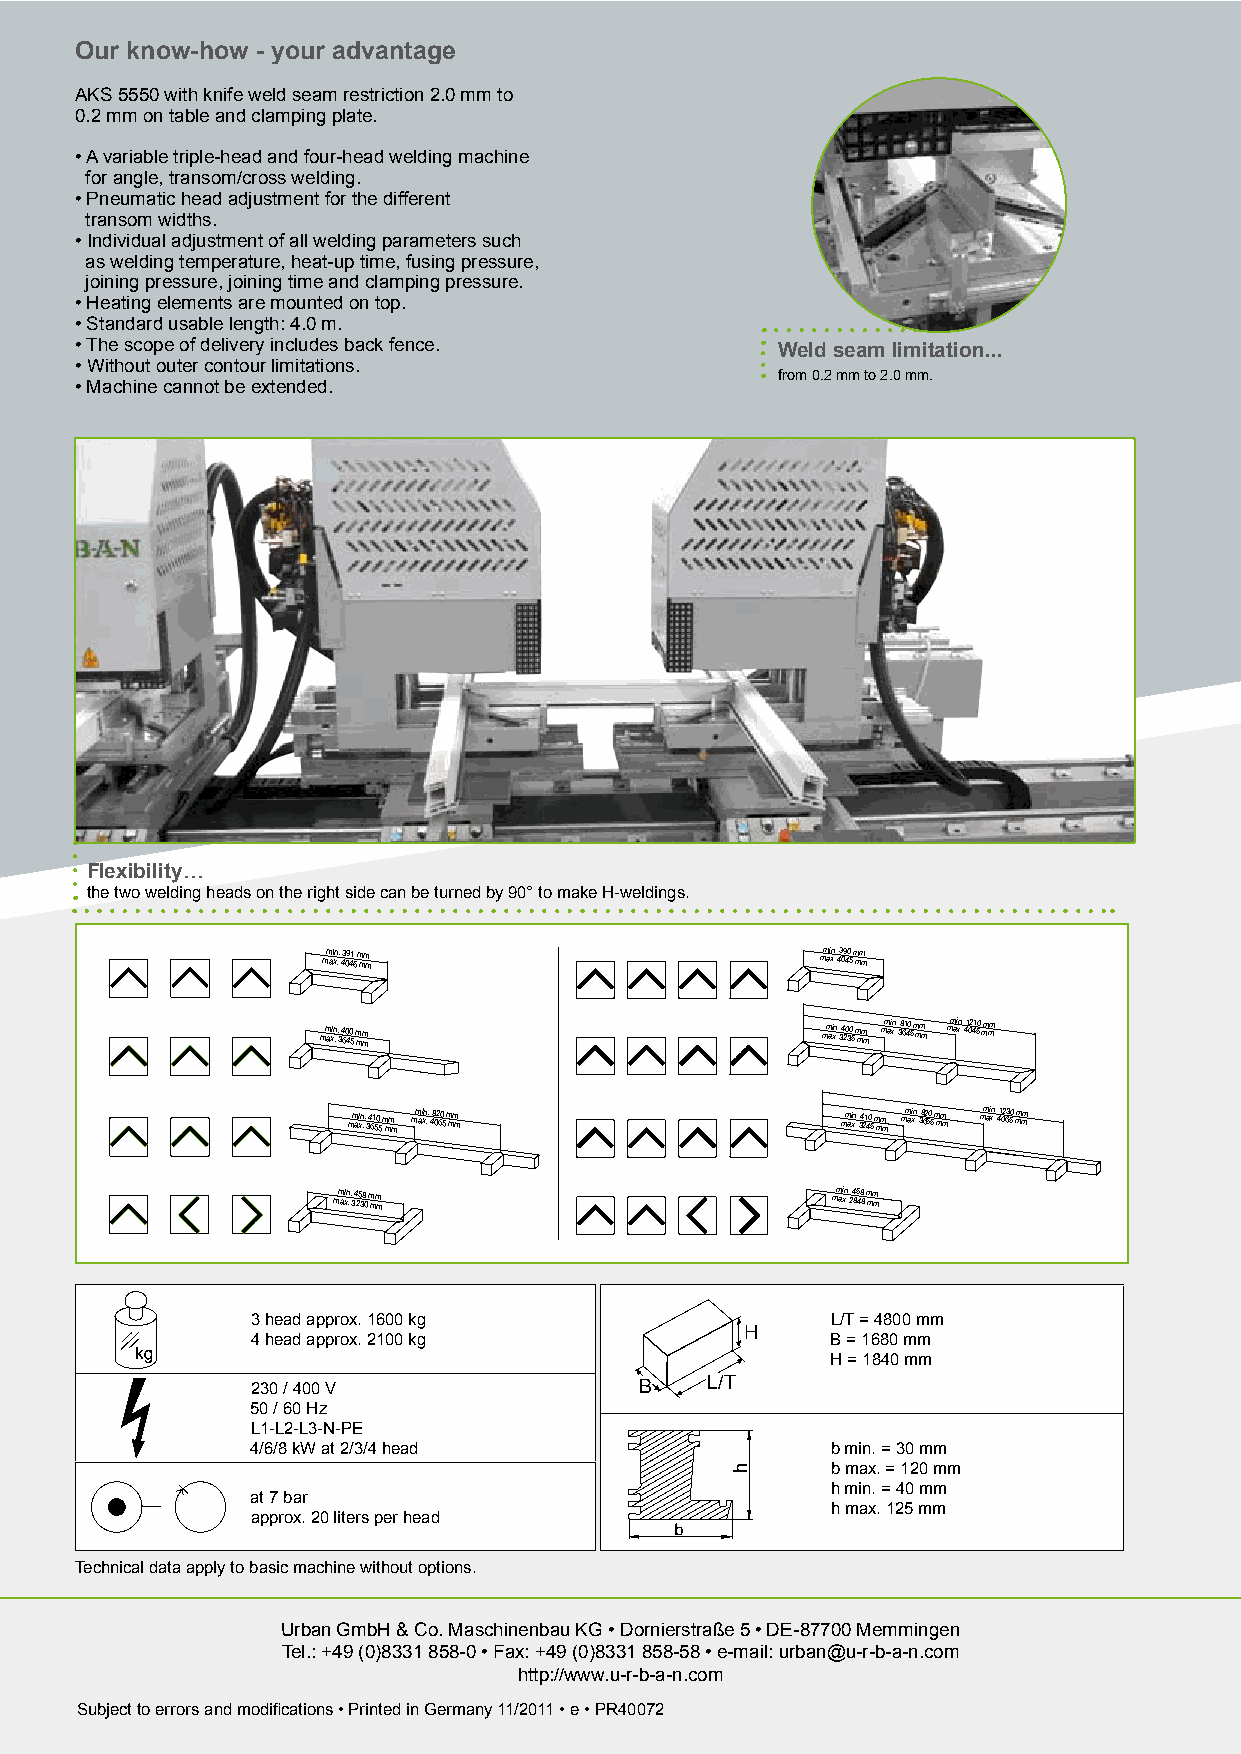
Our know-how - your advantage
 AKS 5550 with knife weld seam restriction 2.0 mm to
 0.2 mm on table and clamping plate.
 • A variable triple-head and four-head welding machine
 for angle, transom/cross welding.
 • Pneumatic head adjustment for the different
 transom widths.
 • Individual adjustment of all welding parameters such
 as welding temperature, heat-up time, fusing pressure,
 joining pressure, joining time and clamping pressure.
 • Heating elements are mounted on top.
 • Standard usable length: 4.0 m.
 • The scope of delivery includes back fence.  Weld seam limitation...
 • Without outer contour limitations.
 from 0.2 mm to 2.0 mm.
 • Machine cannot be extended.
 Flexibility...
 the two welding heads on the right side can be turned by 90° to make H-weldings.
 mm ai xn .. 43 09 41 6 m mm m    mm ai xn .. 43 09 40 5 m mm m
 mm axin . . 3 4 60 40 5 m mm m   mm ai xn .. 34 20 30 5 m mm m mm axin .. 38 61 40 5 m mm m mm axin .. 41 02 41 50 mm mm
 mm axin .. 34 61 50 5 m mm m mm axin .. 48 02 60 5 m mm m mm ai xn .. 34 21 40 5 m mm m mm axin .. 38 62 50 5 m mm m mm axin .. 41 02 63 50 mm mm
 mm axin . . 3 4 25 38 0 m mm m   mm axin . . 2 4 85 48 8 m mm m
 3 head approx. 1600 kg                L/T = 4800 mm
 H
 4 head approx. 2100 kg                B = 1680 mm
 H = 1840 mm
 230 / 400 V              B    L/T
 50 / 60 Hz
 L1-L2-L3-N-PE
 4/6/8 kW at 2/3/4 head                b min. = 30 mm
 b max. = 120 mm
 h min. = 40 mm
 at 7 bar
 h max. 125 mm
 approx. 20 liters per head
 Technical data apply to basic machine without options.
 Urban GmbH & Co. Maschinenbau KG • Dornierstraße 5 • DE-87700 Memmingen
 Tel.: +49 (0)8331 858-0 • Fax: +49 (0)8331 858-58 • e-mail: urban@u-r-b-a-n.com
 http://www.u-r-b-a-n.com
 Subject to errors and modiﬁcations • Printed in Germany 11/2011 • e • PR40072
 Neutral 2-Seiter.indd 1                                                   29.11.11 11:09